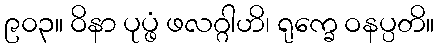
၉၀၃။ ဝိနာ ပုပ္ဖံ ဖလဂ္ဂါဟိ၊ ရုက္ခေ ဝနပ္ပတိ။